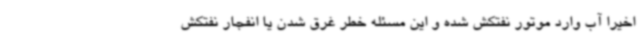
اخیرا آب وارد موتور نفتکش شده و این مسئله خطر غرق شدن یا انفجار نفتکش